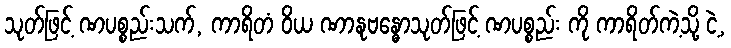
သုတ်ဖြင့် ဏပစ္စည်းသက်, ကာရိတံ ဝိယ ဏာနုဗန္ဓောသုတ်ဖြင့် ဏပစ္စည်း ကို ကာရိတ်ကဲ့သို့ ငဲ့,